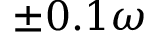
\pm 0 . 1 \omega